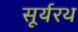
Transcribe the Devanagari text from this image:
सूर्यरथ